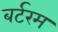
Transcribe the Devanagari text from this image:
बर्टरम